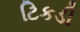
ટિકડી